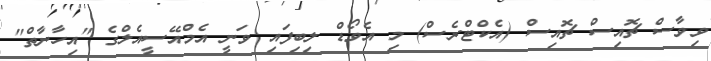
ވިވާސް ޗޮއިސް ޗޮއިސް (އެކްޓްރެސް) މި އެވޯޑް ލިބިފައި ވަނީ އެމްއޭސީއެލްގެ "އިހާނާތް"